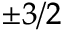
_ { \pm 3 / 2 }